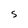
Character: S